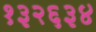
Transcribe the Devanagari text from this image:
१३२६३४